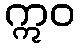
ဣဝ